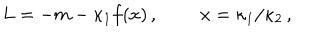
L = - m - \kappa _ { 1 } f ( x ) \, , \; \; x = \kappa _ { 1 } / \kappa _ { 2 } \, ,